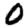
Digit: 0